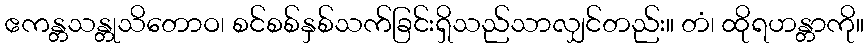
ဧကန္တသန္တုသိတောဝ၊ စင်စစ်နှစ်သက်ခြင်းရှိသည်သာလျှင်တည်း။ တံ၊ ထိုရဟန္တာကို။